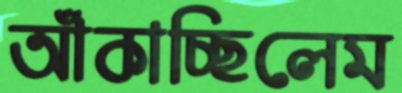
আঁকাচ্ছিলেম